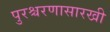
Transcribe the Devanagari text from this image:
पुरश्चरणासारखी